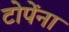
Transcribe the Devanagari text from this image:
टोपेंना